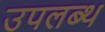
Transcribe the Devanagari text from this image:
उपलब्थ